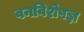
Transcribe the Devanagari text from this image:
वनविशेषज्ञ